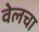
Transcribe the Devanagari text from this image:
वेलचा